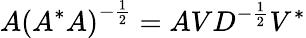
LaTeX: A\left(A^{*}A\right)^{-{\frac{1}{2}}}=AVD^{-{\frac{1}{2}}}V^{*}